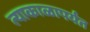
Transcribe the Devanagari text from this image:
त्याकाळापर्यंत